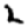
Digit: 2